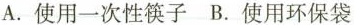
A.使用一次性筷子B.使用环保袋